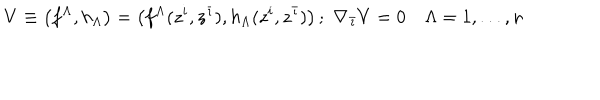
V \equiv \left( f ^ { \Lambda } , h _ { \Lambda } \right) = \left( f ^ { \Lambda } ( z ^ { i } , z ^ { \bar { \imath } } ) , h _ { \Lambda } ( z ^ { i } , z ^ { \bar { \imath } } ) \right) ; \, \, \nabla _ { \bar { \imath } } V = 0 \quad \Lambda = 1 , . . . , n